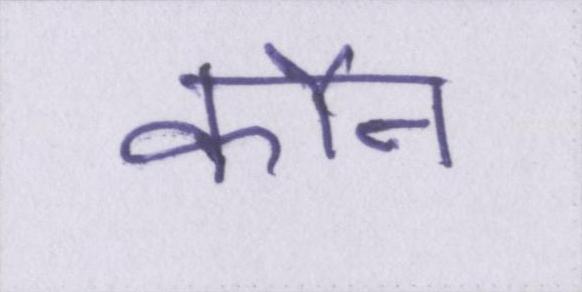
कौन